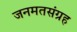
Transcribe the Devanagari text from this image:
जनमतसंग्रह